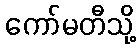
ကော်မတီသို့